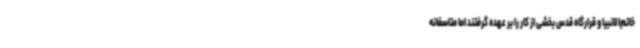
خاتم‌الانبیا و قرارگاه قدس بخشی از کار را بر عهده گرفتند اما متاسفانه